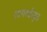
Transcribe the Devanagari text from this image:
लागवडीमुळे